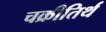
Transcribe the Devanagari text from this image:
चक्रीतिर्थ